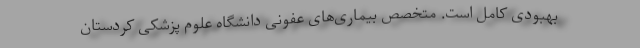
بهبودی کامل است. متخصص بیماری‌های عفونی دانشگاه علوم پزشکی کردستان